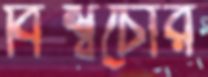
বিশ্বচোর